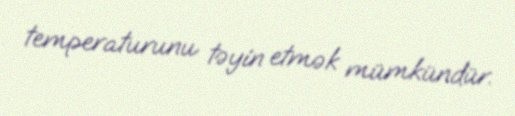
temperaturunu təyin etmək mümkündür.